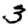
Digit: 3